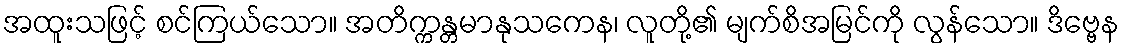
အထူးသဖြင့် စင်ကြယ်သော။ အတိက္ကန္တမာနုသကေန၊ လူတို့၏ မျက်စိအမြင်ကို လွန်သော။ ဒိဗ္ဗေန